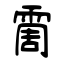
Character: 霌